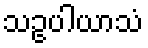
သဥပါယာသံ